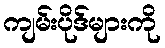
ကျမ်းပိုဒ်များကို